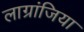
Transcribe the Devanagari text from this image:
लाग्रांजिया